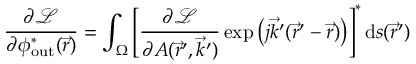
\frac { \partial \mathcal { L } } { \partial \phi _ { \mathrm { o u t } } ^ { * } ( \vec { r } ) } = \int _ { \Omega } \left[ \frac { \partial \mathcal { L } } { \partial A ( \vec { r } ^ { \prime } , \vec { k } ^ { \prime } ) } \exp { \left( j \vec { k } ^ { \prime } ( \vec { r } ^ { \prime } - \vec { r } ) \right) } \right] ^ { * } \mathrm { d } s ( \vec { r } ^ { \prime } )